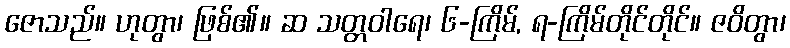
ဇောသည်။ ဟုတွာ၊ ဖြစ်၏။ ဆ သတ္တဝါရေ၊ ၆-ကြိမ်, ရ-ကြိမ်တိုင်တိုင်။ ဇဝိတွာ၊